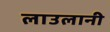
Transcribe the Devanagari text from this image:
लाउलानी